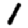
Digit: 1